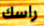
راسك